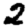
Digit: 2